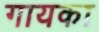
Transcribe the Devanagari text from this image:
गायका